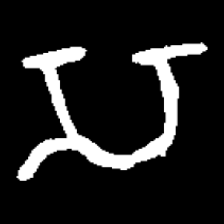
Pyu character \u2014 Myanmar letter: သ (romanized: sa)